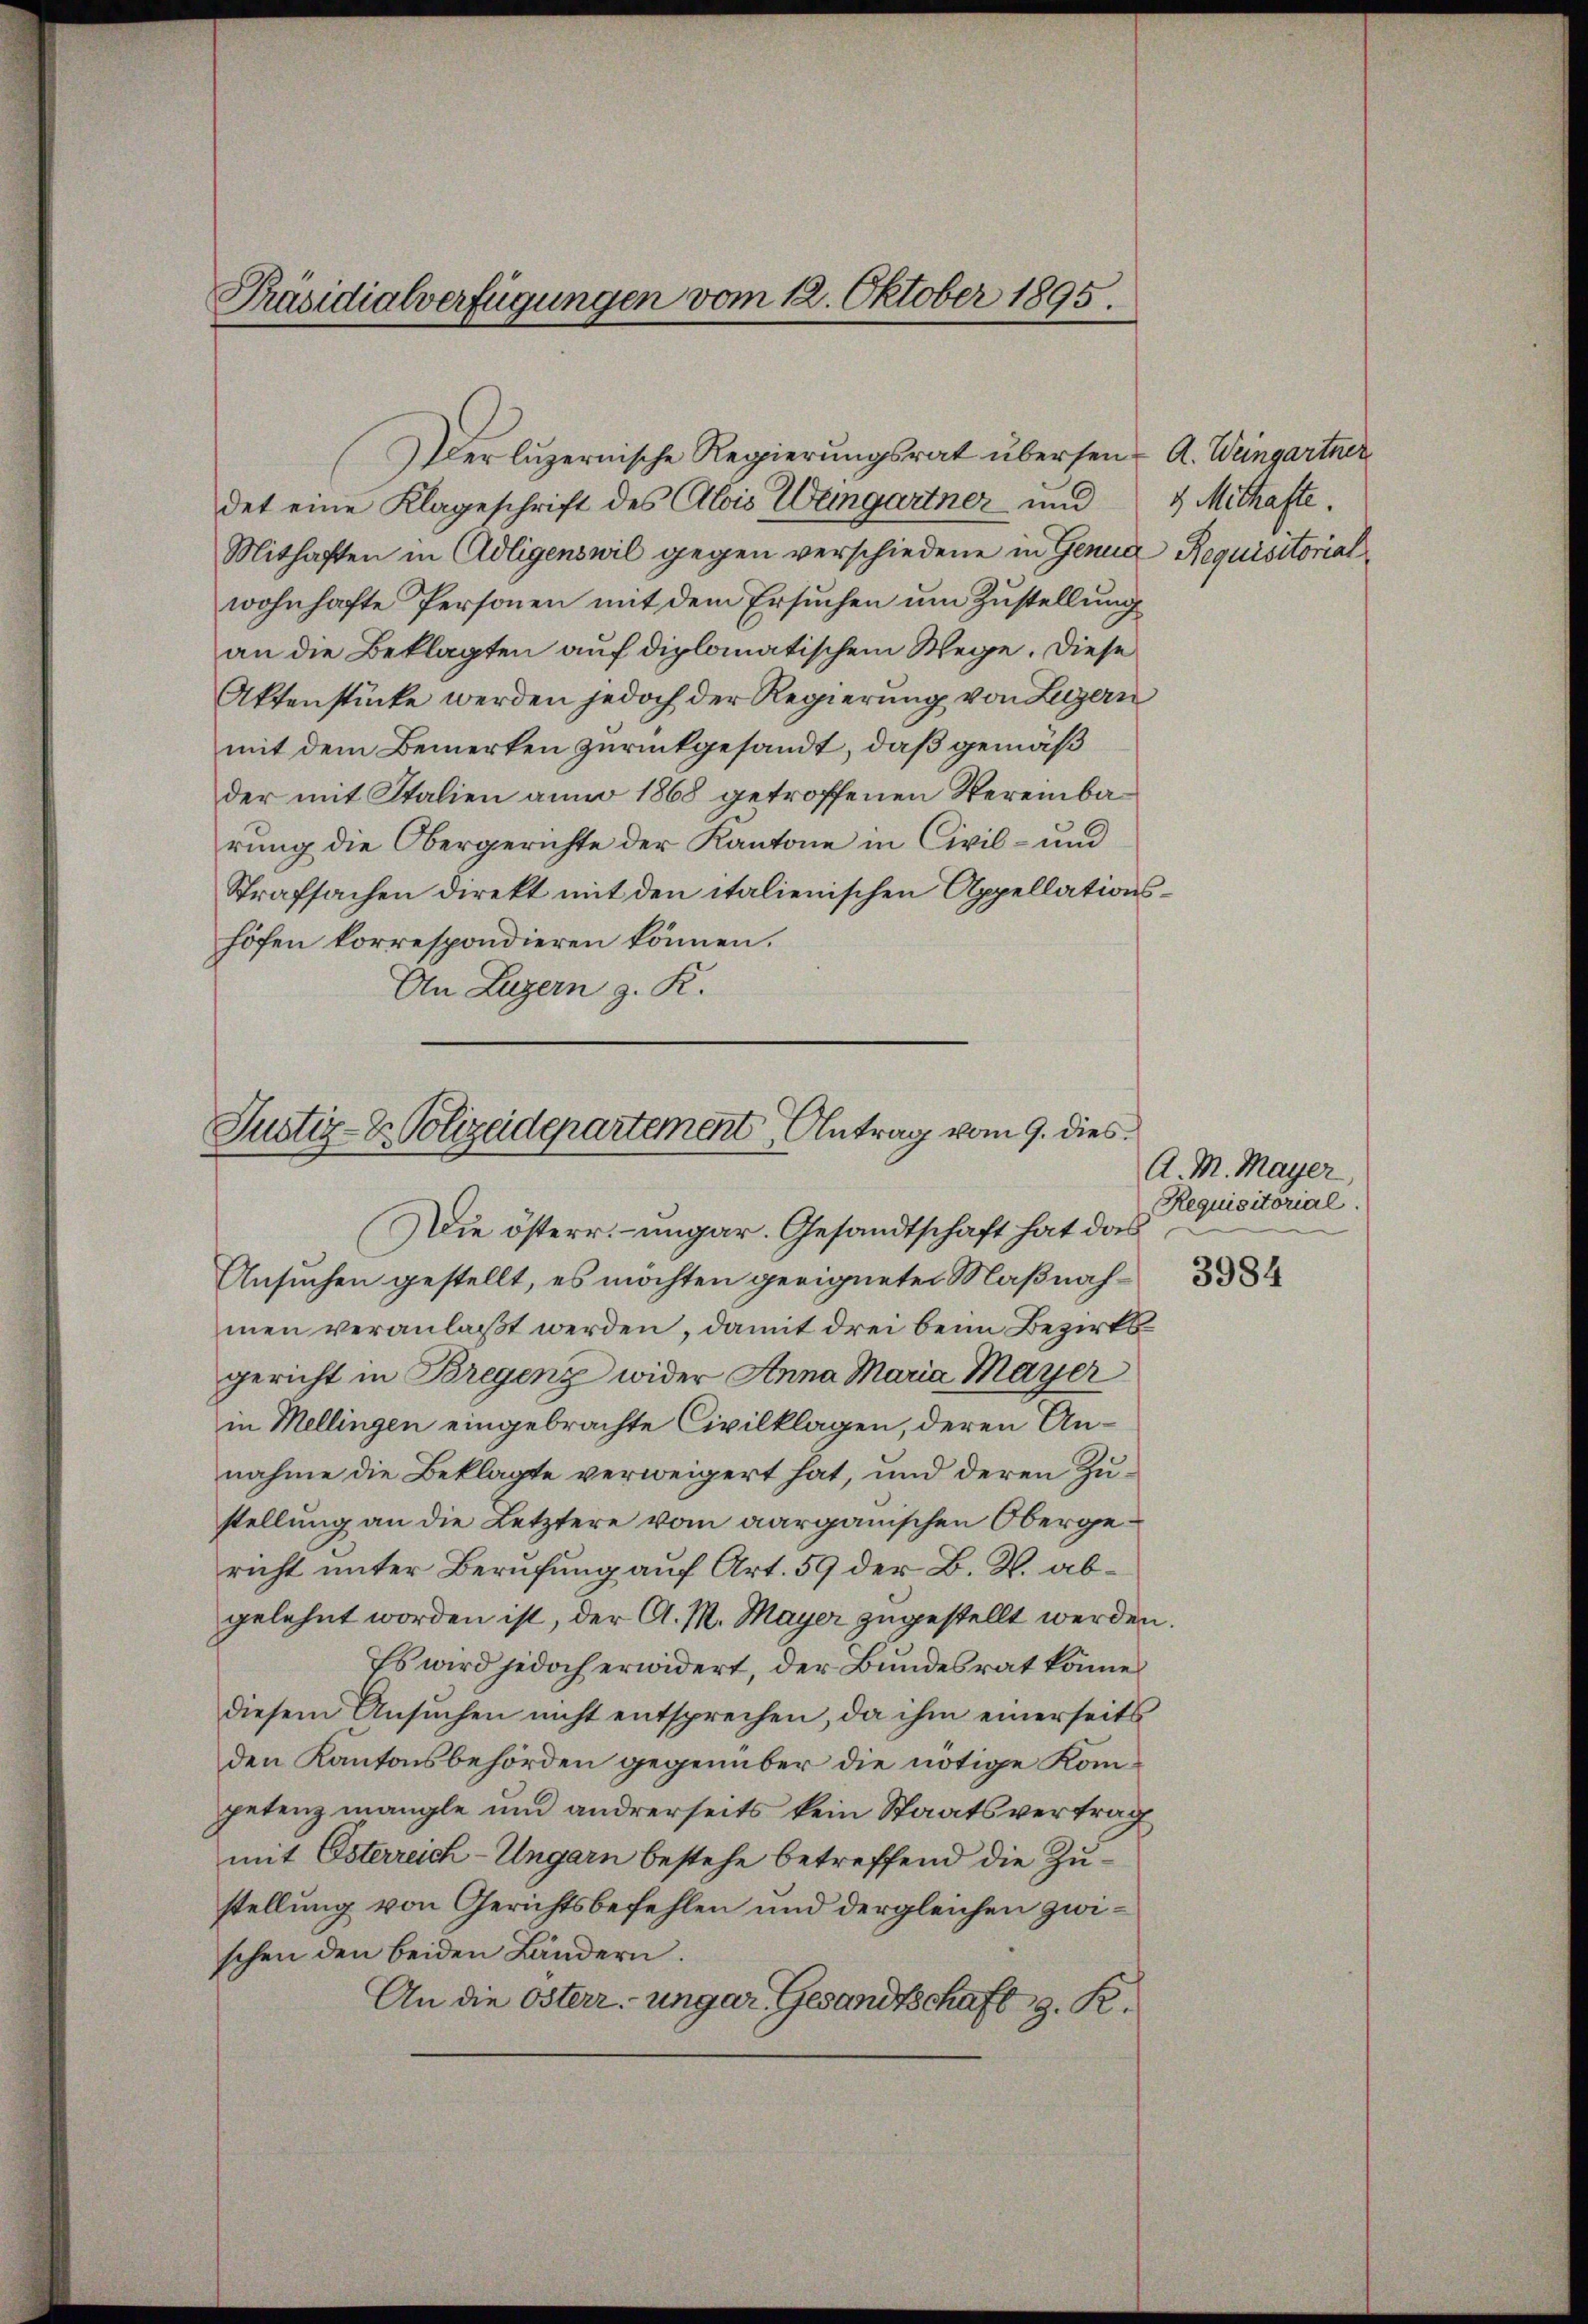
Präsidialverfügungen vom 12. Oktober 1895.

det eine Klageschrift des Alois Weingartner und & Mithafte.
Mithaften in Adligenswil gegen verschiedene in Genua Requisitorial
wohnhafte Personen mit dem Ersuchen um Zustellung
an die Beklagten auf diplomatischem Wege. Diese
Aktenstücke werden jedoch der Regierung von Luzern
mit dem Bemerken zurückgesandt, daß gemäß
der mit Italien anno 1868 getroffenen Vereinbarung die Obergerichte der Kantone in Civil- und
Strafsachen direkt mit den italienischen Appellations-
höfen korrespondieren können.
An Luzern z. K.

Justiz- & Polizeidepartement Antrag vom 9. dies
Die österr. – ungar. Gesandtschaft hat das

Der luzernische Regierungsrat übersen A. Weingartner

Ansuchen gestellt, es möchten geeigneter Maβnah 333
men veranlaßt werden, damit drei beim Bezirksgericht in Bregenz wider Anna Maria Mayer
in Mellingen eingebrachte Civilklagen, deren Annahme die Beklagte verweigert hat, und deren Zustellung an die Letztere vom aargauischen Obergericht unter Berufung auf Art. 59 der B. K. abgelehnt worden ist, der A. M. Mayer zugestellt werden.
Es wird jedoch erwidert, der Bundesrat könne
diesem Ansuchen nicht entsprechen, da ihm einerseits
den Kantonsbehörden gegenüber die nötige Kompetenzmangle und andrerseits kein Staatsvertrag
mit Esterreich-Ungarn bestehe betreffend die Zustellung von Gerichtsbefehlen und dergleichen zwischen den beiden Ländern.
An die österr. ungar. Gesandtschaft z. R.

A. M. Mayer,
Requisitorial.